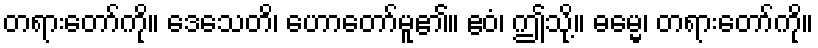
တရားတော်ကို။ ဒေသေတိ၊ ဟောတော်မူ၏။ ဧဝံ၊ ဤသို့။ ဓမ္မေ၊ တရားတော်ကို။